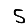
Digit: 5